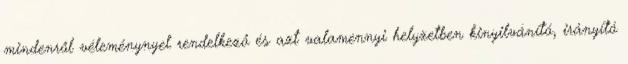
mindenről véleménynyel rendelkező és azt valamennyi helyzetben kinyilvánító, irányító